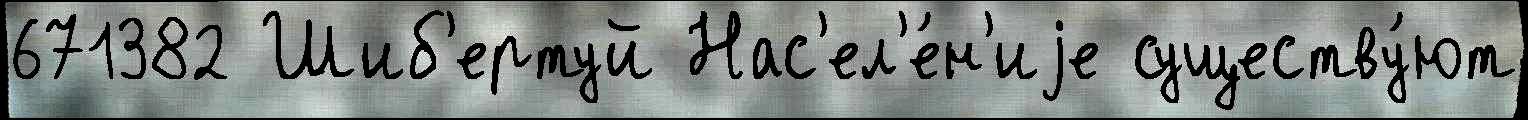
671382 Шиб'ертуй Нас'ел'е́н'иjе существу́ют